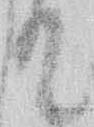
て